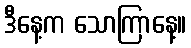
ဒီနေ့က သောကြာနေ့။